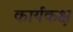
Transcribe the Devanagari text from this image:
कार्यकक्ष